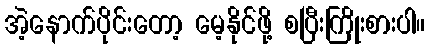
အဲ့နောက်ပိုင်းတော့ မေ့နိုင်ဖို့ စပြီးကြိုးစားပါ။